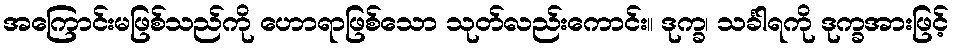
အကြောင်းမဖြစ်သည်ကို ဟောရာဖြစ်သော သုတ်လည်းကောင်း။ ဒုက္ခ၊ သင်္ခါရကို ဒုက္ခအားဖြင့်